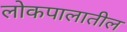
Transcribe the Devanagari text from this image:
लोकपालातील